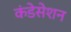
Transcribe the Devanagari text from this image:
कंडेसेशन